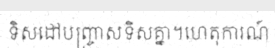
ទិសដៅបញ្ច្រាសទិសគ្នា។ហេតុការណ៍